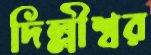
দিল্লীশ্বর